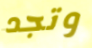
وتجد